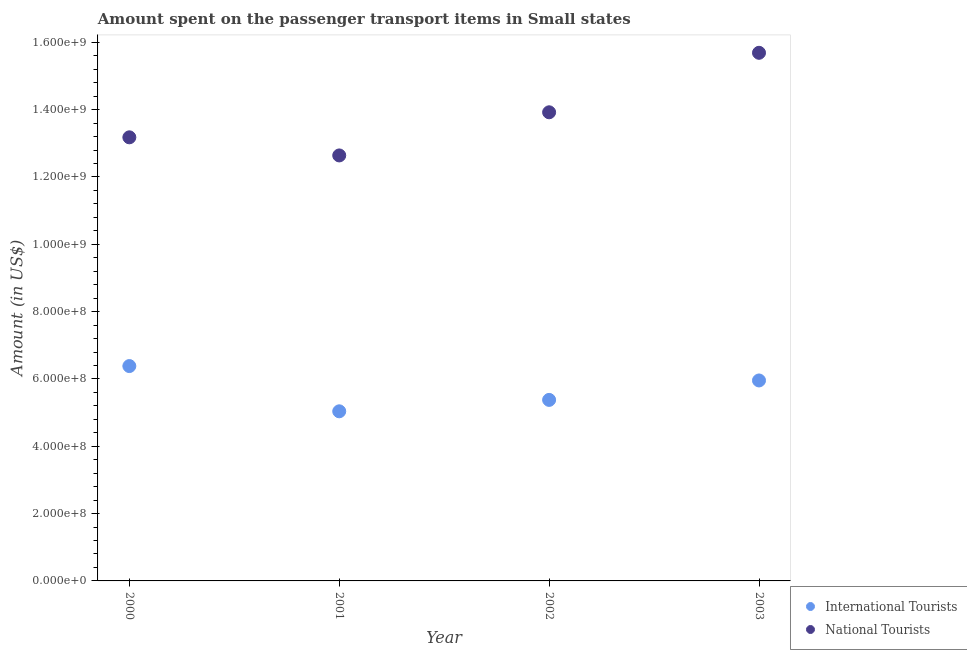
| Year | International Tourists | National Tourists |
 | --- | --- | --- |
 | 2000 | 6.38e+08 | 1.32e+09 |
 | 2001 | 5.04e+08 | 1.26e+09 |
 | 2002 | 5.38e+08 | 1.39e+09 |
 | 2003 | 5.95e+08 | 1.57e+09 |